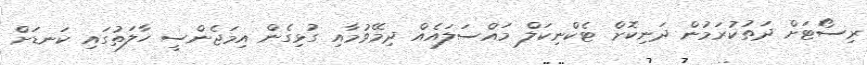
ރިސޯޓަށް ދަތުކުރަމުން ދަނިކޮށް ޓެކްނިކަލް މައްސަލައެއް ދިމޭވުމާއި ގުޅިގެން އިމަޖެންސީ ހާލަތުގައި ކަނޑަށް